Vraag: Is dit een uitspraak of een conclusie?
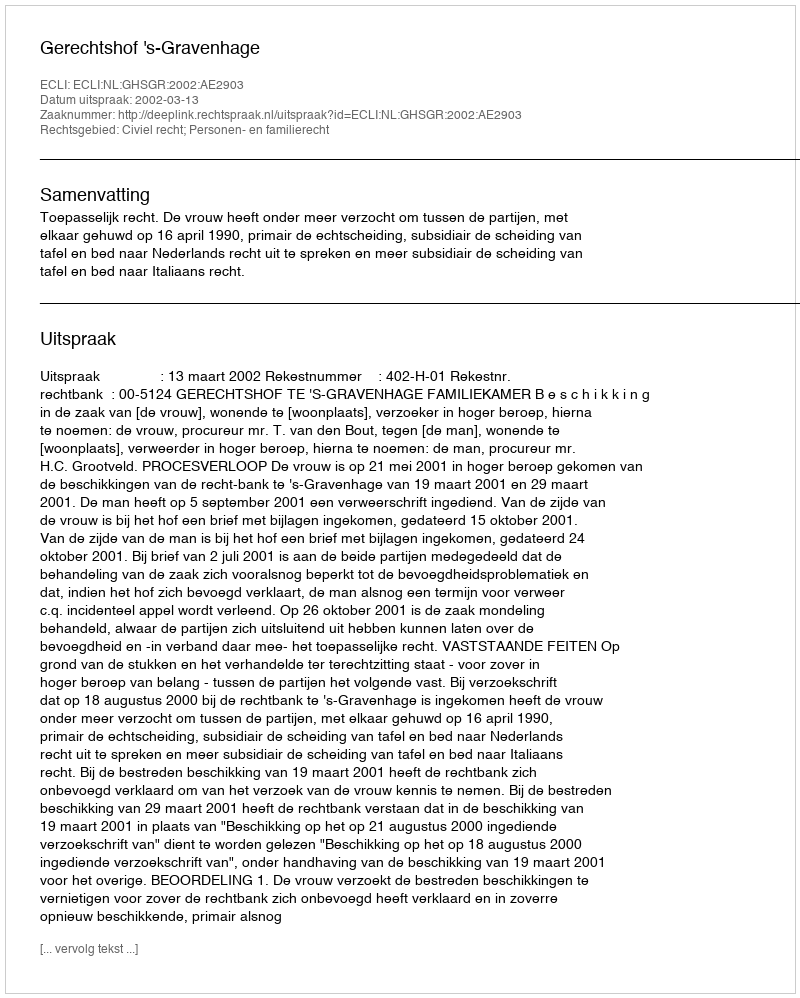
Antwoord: Uitspraak